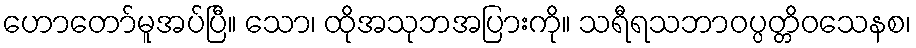
ဟောတော်မူအပ်ပြီ။ သော၊ ထိုအသုဘအပြားကို။ သရီရသဘာဝပ္ပတ္တိဝသေနစ၊